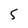
Character: 5